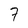
Character: 7